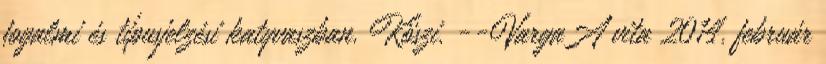
fogalmi és típusjelzési katyvaszban. Köszi. --VargaA vita 2014. február